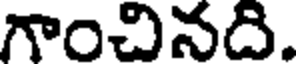
గాంచినది.